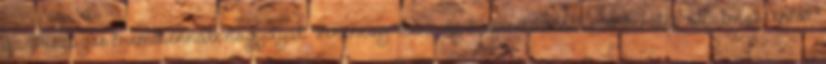
az Országos Érembiennále nagydíját. Ferenczy Béni-díj Szépirodalom szerkesztés Halmos Antal.